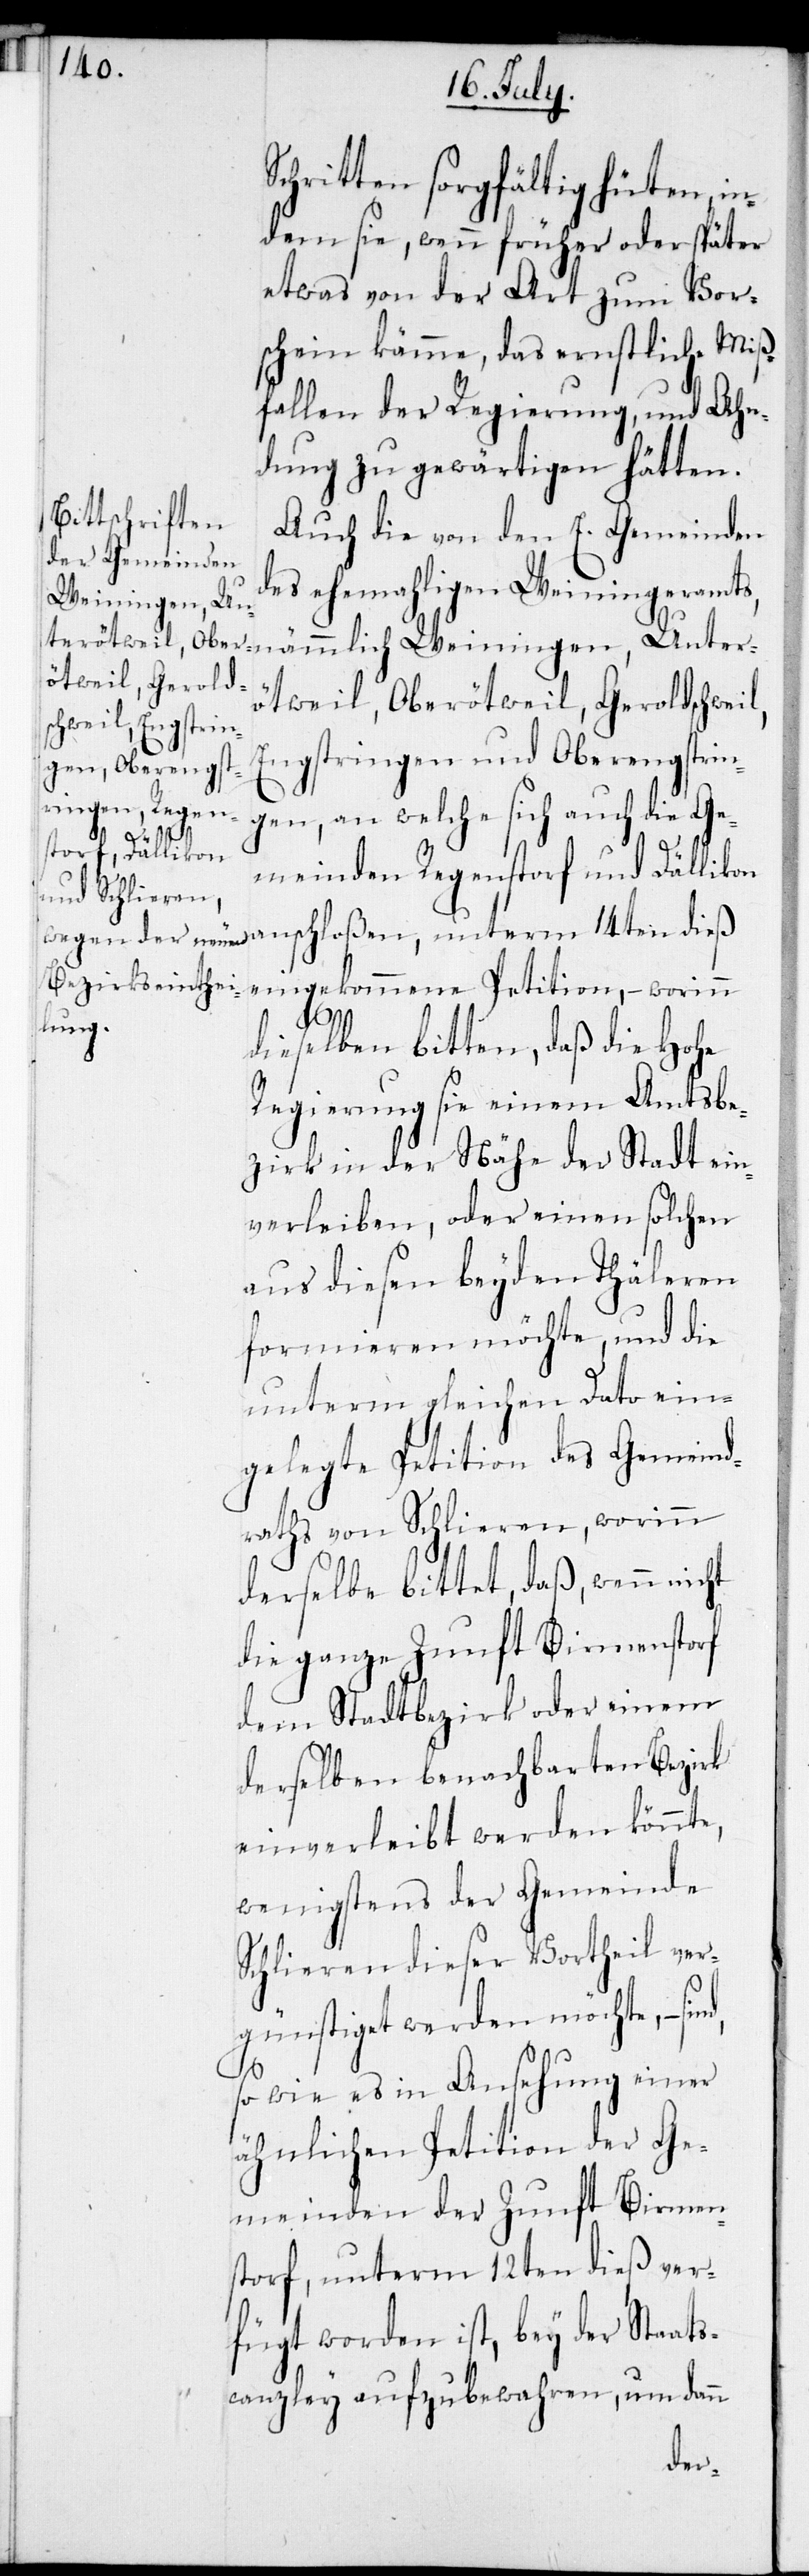
Schritten sorgfältig hüten, in¬
dem sie, wenn früher oder später
etwas von der Art zum Vor¬
schein kämme, das ernstliche Miß¬
fallen der Regierung, und Ahn¬
dung zu gewärtigen hätten.
Auch die von den E. Gemeinden
des ehemahligen Weiningeramts,
nämmlich Weiningen, Unter¬
ötweil, Oberötweil, Geroldschweil,
Engstringen und Oberengstrin¬
gen, an welche sich auch die Ge¬
meinden Regenstorf und Dällikon
eingekommene Petition, – worinn
dieselben bitten, daß die Hohe
Regierung sie einem Amtsbe¬
zirk in der Nähe der Stadt ein¬
verleiben, oder einen solchen
aus diesen beyden Thäleren
formieren möchte, und die
unterm gleichen Dato ein¬
gelegte Petition des Gemeind¬
raths von Schlieren, worinn
derselbe bittet, daß wenn nicht
die ganze Zunft Birmenstorf
dem Stadtbezirk oder einem
derselben benachbarten Bezirk
einverleibt werden könnte,
wenigstens der Gemeinde
Schlieren dieser Vortheil ver¬
günstiget werden möchte, –
so wie es in Ansehung einer
ähnlichen Petition der Ge¬
meinden der Zunft Birmen¬
storf, unterm 12ten dieß ver¬
fügt worden ist, bey der Staats¬
canzley aufzubewahren, um dann